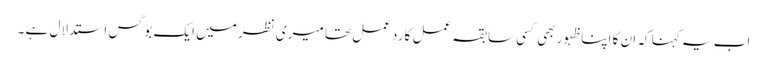
اب یہ کہنا کہ ان کا اپنا ظہور بھی کسی سابقہ عمل کا رد عمل تھا میری نظر میں ایک بوگس استدلال ہے ۔